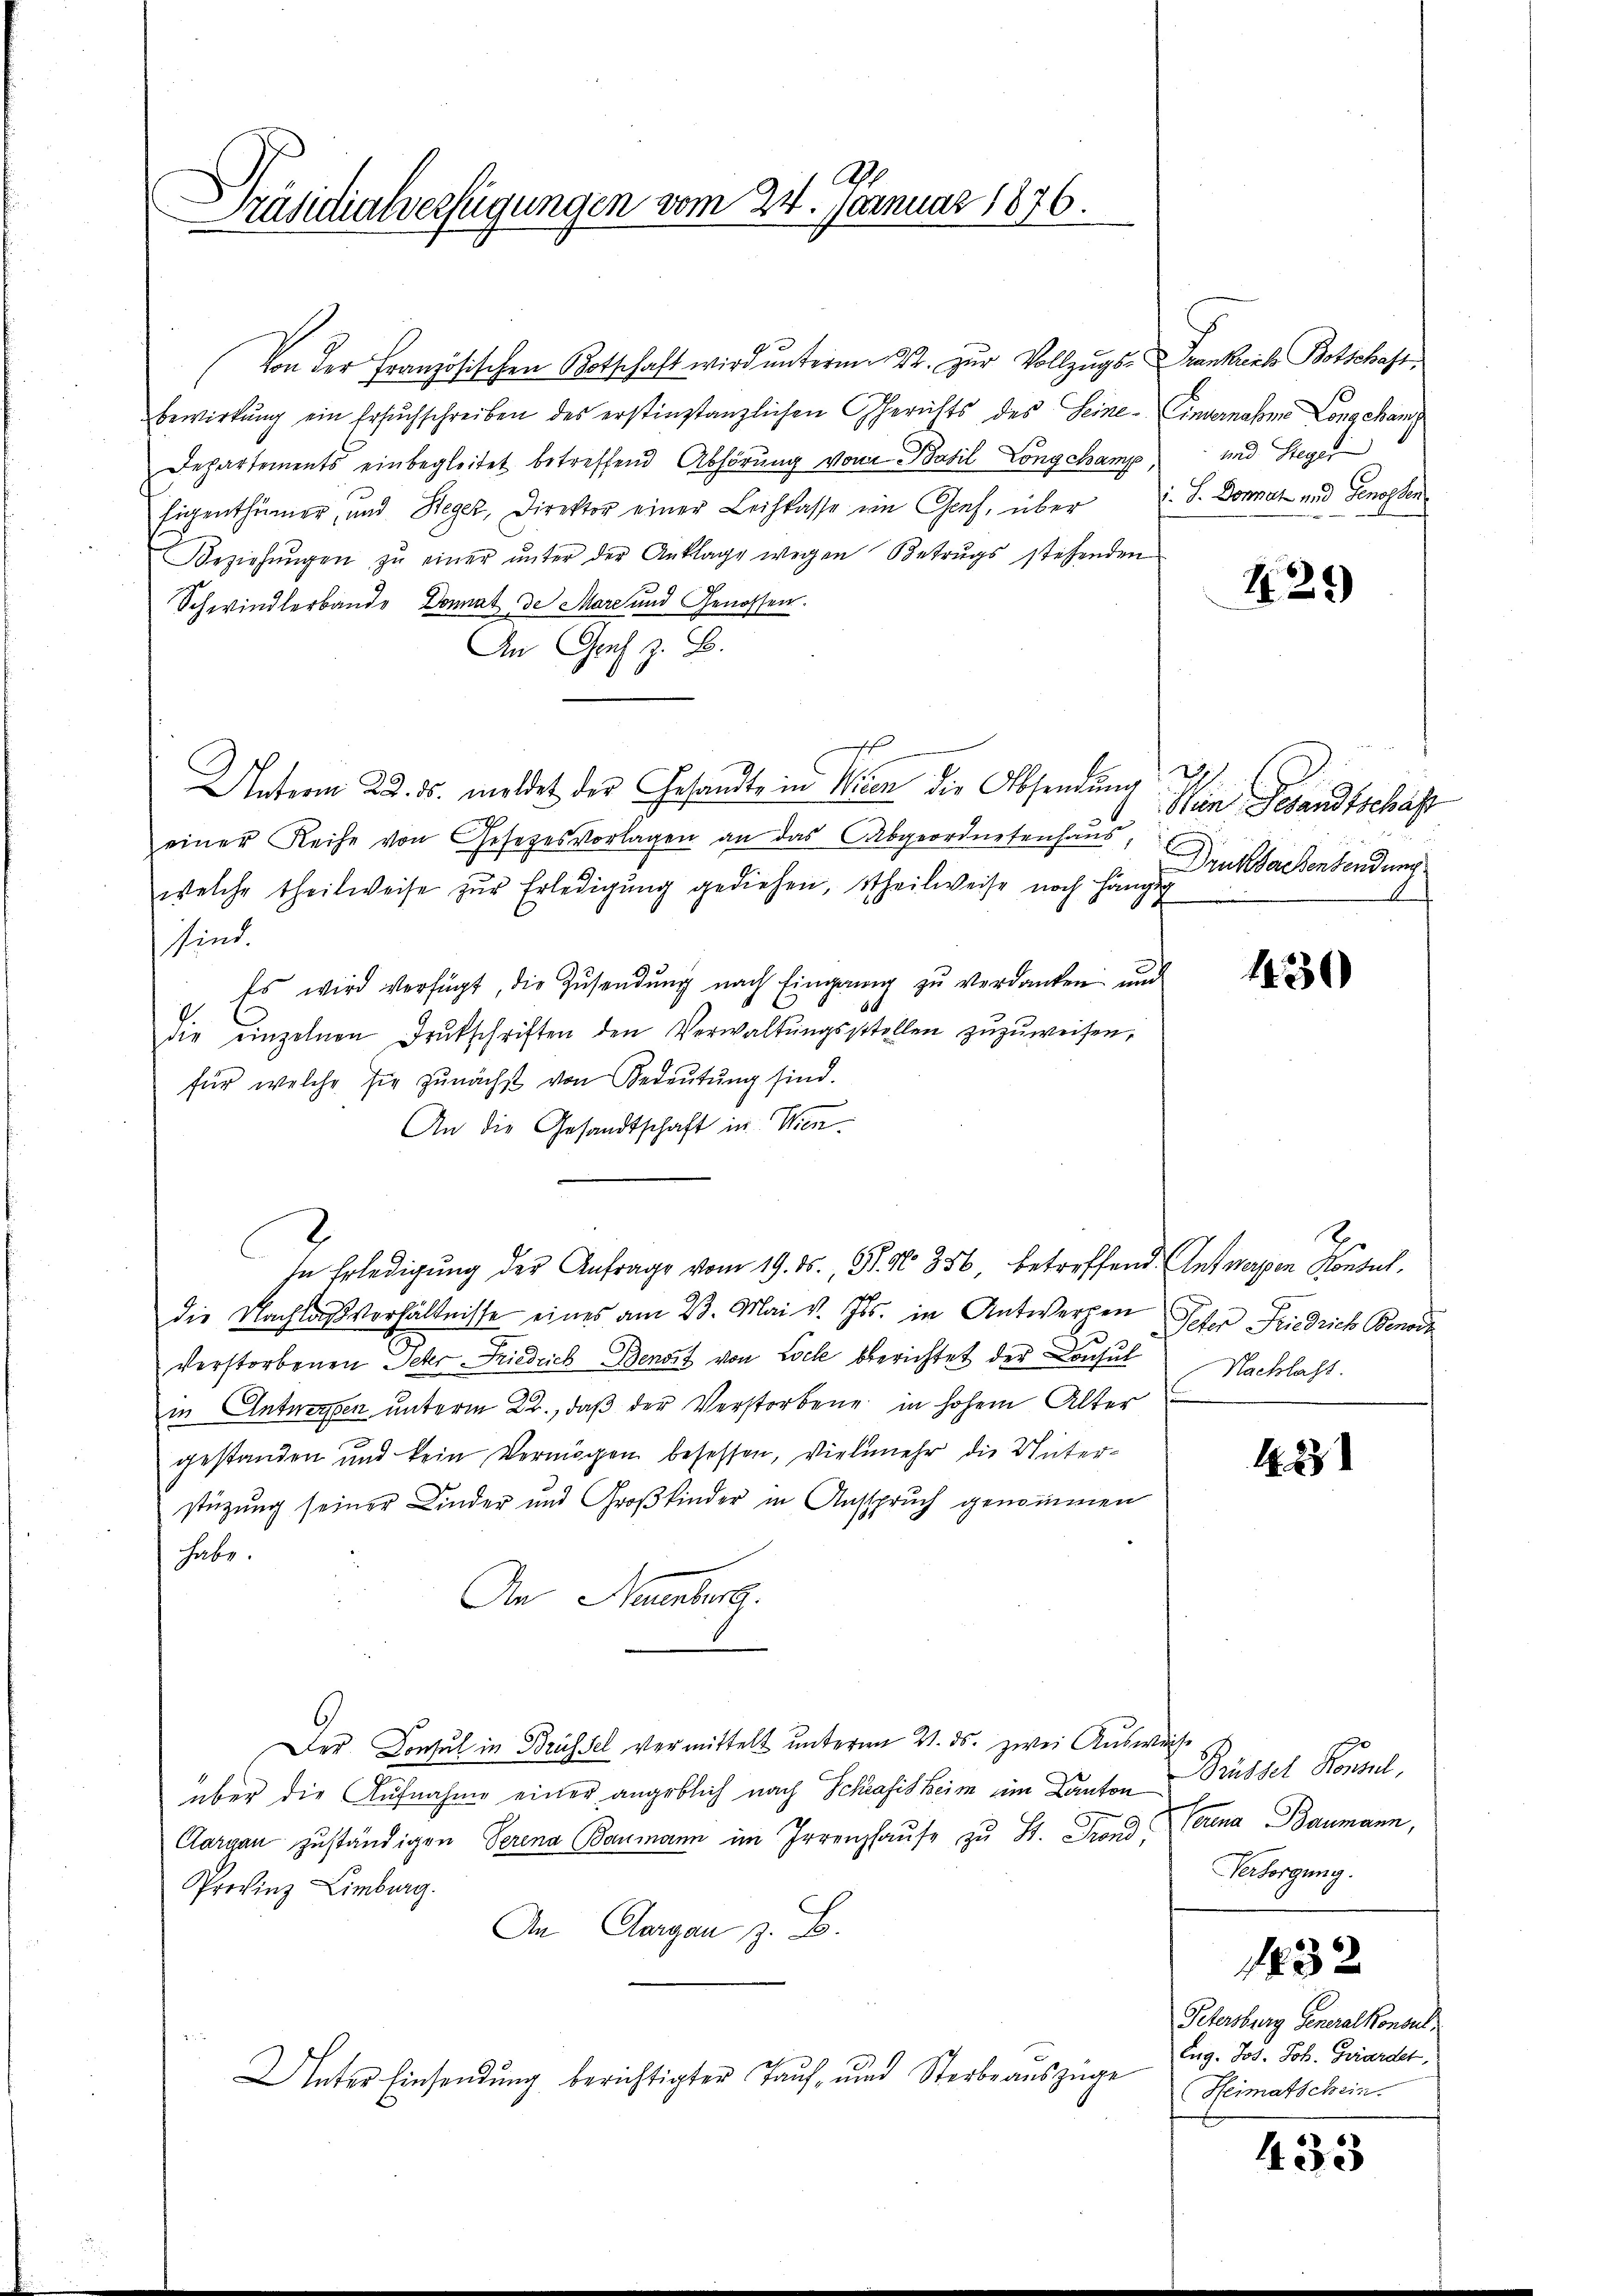
7
Präsidialverfügungen vom 24. Januar 1876.

Von der Französischen Botschaft wird unterm 22. zur Vollzugs-Frankreche Botschaft
bewirkŭng ein Ersuchschreiben des erstinstanzlichen Gerichts des Seine Einvernahme Longchamp
Departements einbegleitet betreffend Abhörung von Basil Longchamp,
Eigenthümer, und Heger, Direktor einer Leihkasse ein Genf, über J. Donat und Genossen
Beziehŭngen zŭ einer ŭnter der Anklage wegen Betrugs stehenden
Schwindlerbande Donat de Mare und Genossen.
An Graf z. B.
Unterm 22. ds. meldet der Gesandte in Wien die Absendung
einer Reihe von Gesetzesvorlagen an das Abgeordnetenhaus,
welche theilweise zŭr Erledigung gediehen, theilweise noch hängig
sind.
Es wird verfügt, die Zŭsendŭng nach Eingang zŭ verdanken und
Die einzelnen Drukschriften den Verwaltŭngsstellen zŭzŭweisen,
für welche sie zŭnächst von Bedeŭtŭng sind.
An die Gesandtschaft in Wien¬
In Erledigung der Anfrage vom 19. ds., P. N. 356, betreffend Antworten Konsul
die Nachlaßverhältnisse eines am 23. Mai v. Js. in Antwerpen
Verstorbenen Peter Friedrich Benoit von Loch berichtet der Consul
in Entwerpen unterm 22., daß der Verstorbene in hohem Alter
gestanden und kein Vermögen besessen, vielmehr die Unterstüzung seiner Kinder und Großkinder in Ausspruch genommen
habe.
An Hamberg.
Der Consul in Brüssel vermittelt unterm 21. ds. zwei Ausweise
über die Aufnahme einer angeblich nach Schrafisheim im Canton
Aargau zuständigen Serena Baumann im Irrenzhaŭse zu St. Fronderena Baumann,
Provinz Limburg.
An Aargau, z. B.
Unter Einsendung berichtigter Tauf- und Sterbe auszüge

und Steger

425)

Nun Gesandtschäft
Druksachentendung

1430

8
Peter Friedrich Benord
Nachlass.

1823

Brüssel Konsul,
Versorgung.

132

Petersburg Generalkonsul
Eug. Jos. Joh. Girardet,
Heimatschein.

433